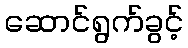
ဆောင်ရွက်ခွင့်